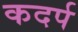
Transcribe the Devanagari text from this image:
कदर्प